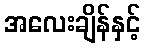
အလေးချိန်နှင့်